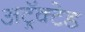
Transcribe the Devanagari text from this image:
अट्रॅक्टेड